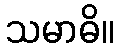
သမာဓိ။